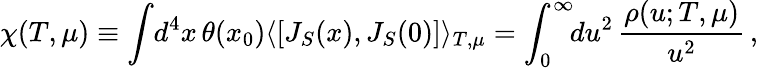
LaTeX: \chi(T,\mu)\equiv\int\! d^{4}x\, \theta(x_{0})\langle[J_{S}(x),J_{S}(0)]\rangle_{T,\mu}=\int_{0}^{\infty}\! \! du^{2}\, {\frac{\rho(u;T,\mu)}{u^{2}}}\, ,